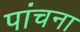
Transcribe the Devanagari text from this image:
पांचना